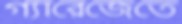
গ্যারেজেতে